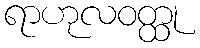
ရာဟုလဝတ္ထု